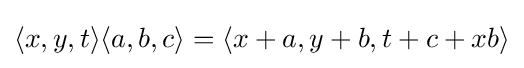
\langle x,y,t\rangle \langle a,b,c\rangle =\langle x+a,y+b,t+c+xb\rangle